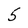
Character: 5